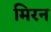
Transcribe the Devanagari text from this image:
मिरन